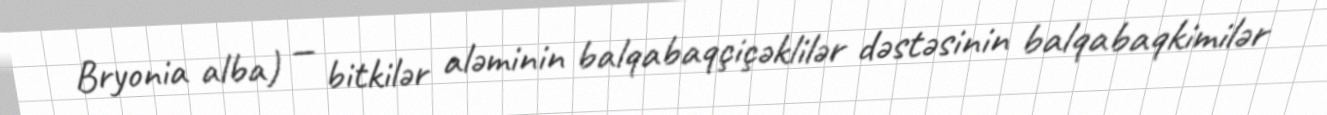
Bryonia alba) — bitkilər aləminin balqabaqçiçəklilər dəstəsinin balqabaqkimilər